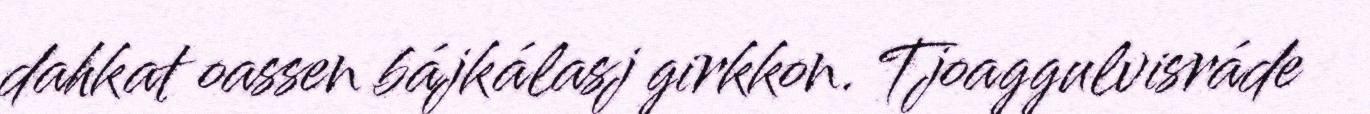
dahkat oassen bájkálasj girkkon. Tjoaggulvisráde